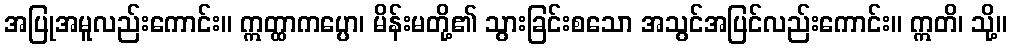
အပြုအမူလည်းကောင်း။ ဣတ္ထာကပ္ပော၊ မိန်းမတို့၏ သွားခြင်းစသော အသွင်အပြင်လည်းကောင်း။ ဣတိ၊ သို့။